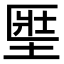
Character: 𡍱